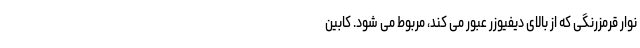
نوار قرمزرنگی که از بالای دیفیوزر عبور می کند، مربوط می شود. کابین